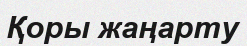
Қоры жаңарту